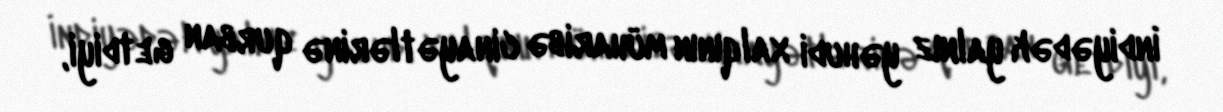
İndiyədək yalnız yəhudi xalqının müharibə cinayətlərinə qurban getdiyi,